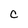
Character: C